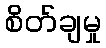
စိတ်ချမှု